Document type: Anniversary endowment
Year: 1486
Scribe: Bartomeu Masons
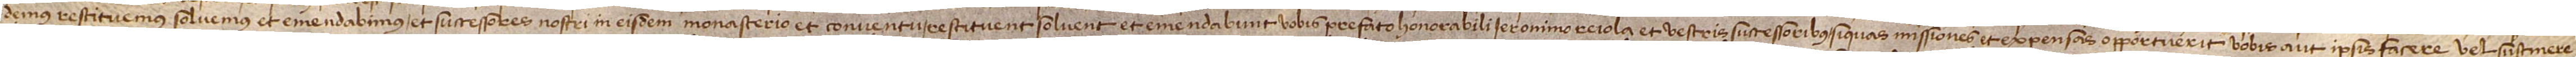
demus, restituemus, solvemus et emendabimus et successores nostri in eisdem monasterio et conventu restituent, solvent et emendabunt vobis prefato honorabili Ieronimo Reiola et vestris successoribus si quas missiones et expensas opportuerit vobis aut ipsis facere vel sustinere